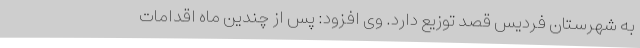
به شهرستان فردیس قصد توزیع دارد. وی افزود: پس از چندین ماه اقدامات